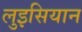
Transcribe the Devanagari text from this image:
लुइसियान